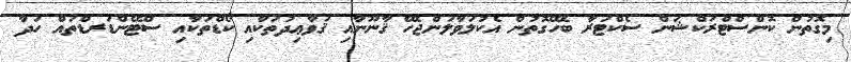
މިގޮތުން ކޮންސްޓްރަކްޝަން ސެކްޓަރާ ބެހޭގޮތުން އެކުލަވާލަންޖެހޭ ޤާނޫނާއި ޤަވާޢިދުތަކާއި ކޯޑްތަކާއި ސްޓޭންޑަރޑްތައް ހަދާ